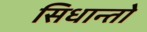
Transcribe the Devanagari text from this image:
सिधान्तो